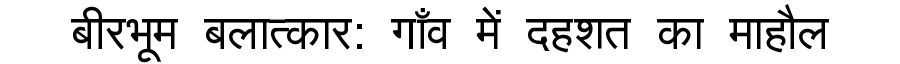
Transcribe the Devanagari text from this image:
बीरभूम बलात्कार: गाँव में दहशत का माहौल